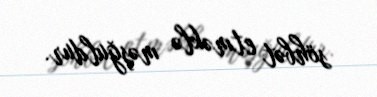
söhbət etməklə məşğuldur.